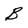
Character: B